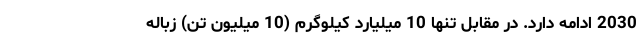
2030 ادامه دارد. در مقابل تنها 10 میلیارد کیلوگرم (10 میلیون تن) زباله